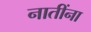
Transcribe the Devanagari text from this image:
नातींना